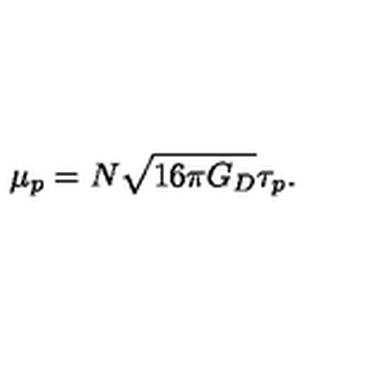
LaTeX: \mu _ { p } = N \sqrt { 1 6 \pi G _ { D } } \tau _ { p } .